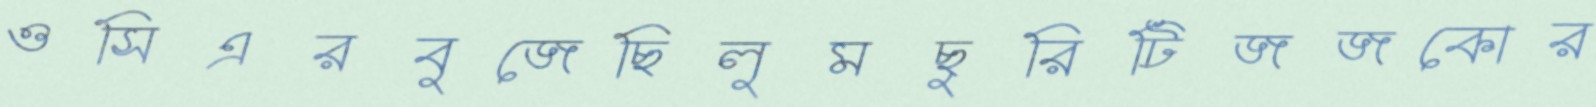
ওসিএরবুজেছিলুমছুরিটিজজকোর